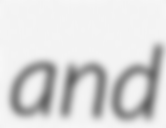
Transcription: and